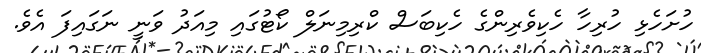
ހުށަހެޅި ހުރިހާ ހެކިވެރިންގެ ހެކިބަސް ކްރިމިނަލް ކޯޓުގައި މިއަދު ވަނީ ނަގައިފަ އެވެ.